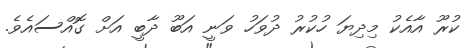
ކުރޫ އާއެކު މިދިޔަ ހުކުރު ދުވަހު ވަނީ އަބޫ ދާބީ އަށް ގޮއްސައެވެ.